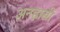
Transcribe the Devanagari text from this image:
अनह्रासी